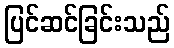
ပြင်ဆင်ခြင်းသည်